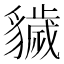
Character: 𧴖